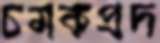
চমকপ্রদ